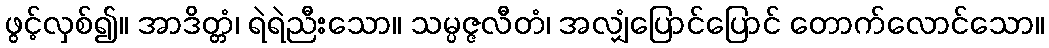
ဖွင့်လှစ်၍။ အာဒိတ္တံ၊ ရဲရဲညီးသော။ သမ္ပဇ္ဇလီတံ၊ အလျှံပြောင်ပြောင် တောက်လောင်သော။